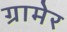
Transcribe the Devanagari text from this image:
ग्रामेर